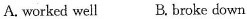
A. worked well B. Broke down